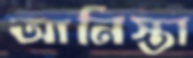
আনিস্তা